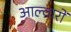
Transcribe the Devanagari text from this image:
आल्वारों